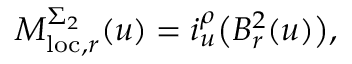
M _ { \mathrm { l o c } , r } ^ { \Sigma _ { 2 } } ( u ) = i _ { u } ^ { \rho } \big ( { B } _ { r } ^ { 2 } ( u ) \big ) ,